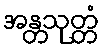
အန္တသုတ္တံ